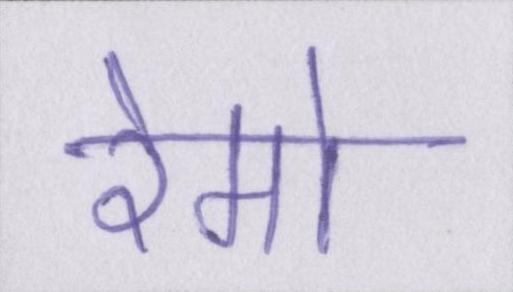
रेमो